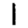
Digit: 1